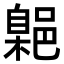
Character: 𮠃